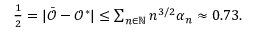
\begin{array} { r } { \frac 1 2 = \vert \bar { \mathcal { O } } - \mathcal { O } ^ { * } \vert \le \sum _ { n \in \mathbb { N } } n ^ { 3 / 2 } \alpha _ { n } \approx 0 . 7 3 . } \end{array}